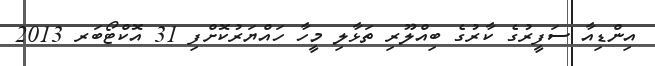
އިންޑިއާ ސަފީރުގެ ކާރުގެ ބިއްލޫރި ތަޅާލި މީހާ ހައްޔަރުކޮށްފި 31 އޮކްޓޯބަރ 2013